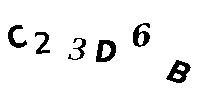
C23D6B